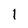
Character: 1